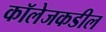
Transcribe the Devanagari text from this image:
कॉलेजकडील